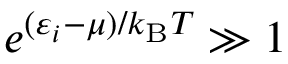
e ^ { ( \varepsilon _ { i } - \mu ) / k _ { \mathrm { { B } } } T } \gg 1